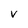
Character: v